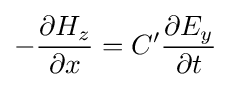
-{\frac {\partial {H_{z}}}{\partial {x}}}=C'{\frac {\partial {E_{y}}}{\partial {t}}}